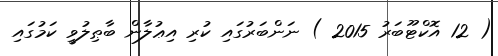
( 12 އޮކްޓޫބަރު 2015 ) ނަންބަރުގައި ކުރި އިޢުލާން ބާޠިލުވީ ކަމުގައި